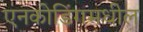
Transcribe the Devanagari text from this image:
एनकोडिंगमधील